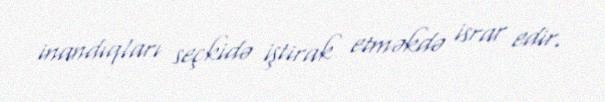
inandıqları seçkidə iştirak etməkdə israr edir.